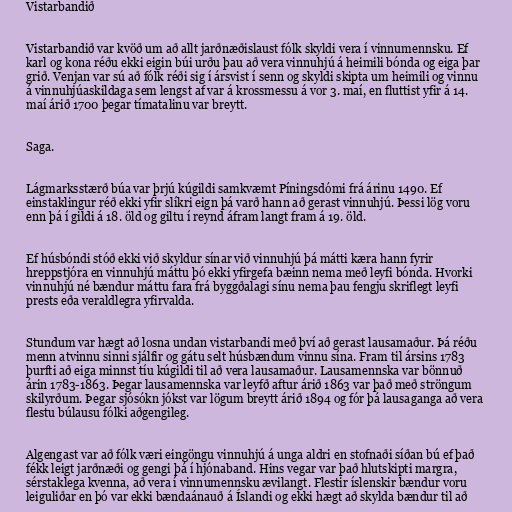
Vistarbandið

Vistarbandið var kvöð um að allt jarðnæðislaust fólk skyldi vera í vinnumennsku. Ef
karl og kona réðu ekki eigin búi urðu þau að vera vinnuhjú á heimili bónda og eiga þar
grið. Venjan var sú að fólk réði sig í ársvist í senn og skyldi skipta um heimili og vinnu
á vinnuhjúaskildaga sem lengst af var á krossmessu á vor 3. maí, en fluttist yfir á 14.
maí árið 1700 þegar tímatalinu var breytt.

Saga.

Lágmarksstærð búa var þrjú kúgildi samkvæmt Píningsdómi frá árinu 1490. Ef
einstaklingur réð ekki yfir slíkri eign þá varð hann að gerast vinnuhjú. Þessi lög voru
enn þá í gildi á 18. öld og giltu í reynd áfram langt fram á 19. öld.

Ef húsbóndi stóð ekki við skyldur sínar við vinnuhjú þá mátti kæra hann fyrir
hreppstjóra en vinnuhjú máttu þó ekki yfirgefa bæinn nema með leyfi bónda. Hvorki
vinnuhjú né bændur máttu fara frá byggðalagi sínu nema þau fengju skriflegt leyfi
prests eða veraldlegra yfirvalda.

Stundum var hægt að losna undan vistarbandi með því að gerast lausamaður. Þá réðu
menn atvinnu sinni sjálfir og gátu selt húsbændum vinnu sína. Fram til ársins 1783
þurfti að eiga minnst tíu kúgildi til að vera lausamaður. Lausamennska var bönnuð
árin 1783-1863. Þegar lausamennska var leyfð aftur árið 1863 var það með ströngum
skilyrðum. Þegar sjósókn jókst var lögum breytt árið 1894 og fór þá lausaganga að vera
flestu búlausu fólki aðgengileg.

Algengast var að fólk væri eingöngu vinnuhjú á unga aldri en stofnaði síðan bú ef það
fékk leigt jarðnæði og gengi þá í hjónaband. Hins vegar var það hlutskipti margra,
sérstaklega kvenna, að vera í vinnumennsku ævilangt. Flestir íslenskir bændur voru
leiguliðar en þó var ekki bændaánauð á Íslandi og ekki hægt að skylda bændur til að